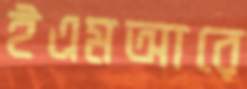
ইএমআরে